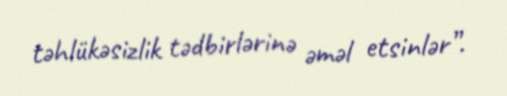
təhlükəsizlik tədbirlərinə əməl etsinlər”.